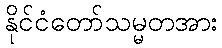
နိုင်ငံတော်သမ္မတအား